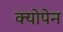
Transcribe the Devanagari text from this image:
क्योपेन